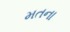
મતના